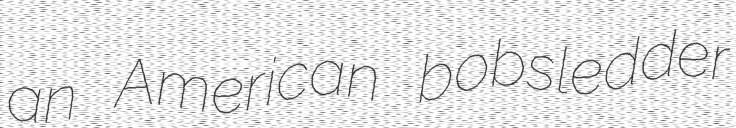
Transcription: an American bobsledder